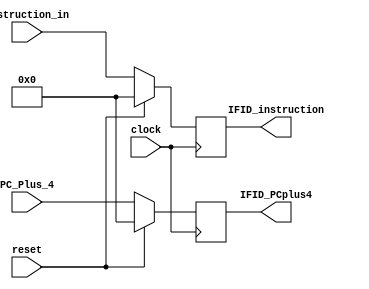
`timescale 1ns / 1ps
//////////////////////////////////////////////////////////////////////////////////
// Company: 
// Engineer: 
// 
// Design Name: 
// Module Name: IFID
// Project Name: 
// Target Devices: 
// Tool Versions: 
// Description: 
// 
// Dependencies: 
// 
// Revision:
// Revision 0.01 - File Created
// Additional Comments:
// 
//////////////////////////////////////////////////////////////////////////////////


module IFID(
    input clock,
    input reset,
    input [31:0] instruction_in,
    input [31:0] PC_Plus_4,
    output reg [31:0] IFID_PCplus4,
    output reg [31:0] IFID_instruction
    );
    always @ (posedge clock)
    if(!reset)
    begin
        IFID_PCplus4=PC_Plus_4;
        IFID_instruction=instruction_in;
    end
    else
    begin
        IFID_PCplus4=0;
        IFID_instruction=0;
    end
endmodule